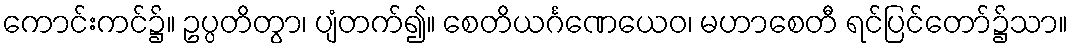
ကောင်းကင်၌။ ဥပ္ပတိတွာ၊ ပျံတက်၍။ စေတိယင်္ဂဏေယေဝ၊ မဟာစေတီ ရင်ပြင်တော်၌သာ။